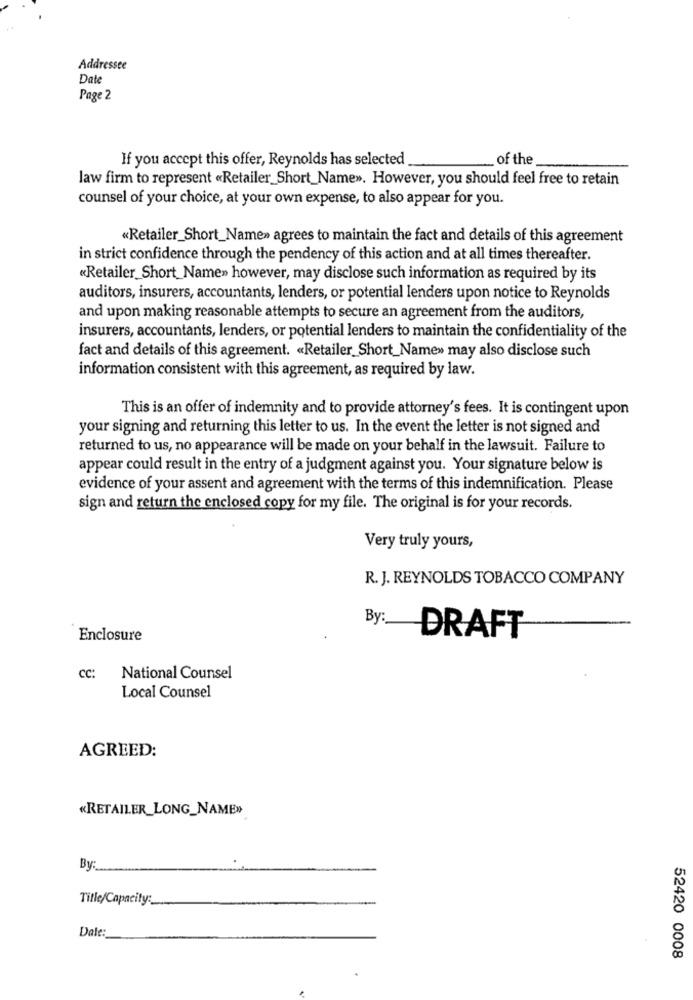
Addressee
Date
Page 2
If you accept this offer, Reynolds has selected
of the
law firm to represent «Retailer_Short_Name». However, you should feel free to retain
counsel of your choice, at your own expense, to also appear for you.
«Retailer_Short_Name» agrees to maintain the fact and details of this agreement
in strict confidence through the pendency of this action and at all times thereafter.
«Retailer Short_Name» however, may disclose such information as required by its
auditors, insurers, accountants, lenders, or potential lenders upon notice to Reynolds
and upon making reasonable attempts to secure an agreement from the auditors,
insurers, accountants, lenders, or potential lenders to maintain the confidentiality of the
fact and details of this agreement. «Retailer_ Short_Name» may also disclose such
information consistent with this agreement, as required by law.
This is an offer of indemnity and to provide attorney's fees. It is contingent upon
your signing and returning this letter to us. In the event the letter is not signed and
returned to us, no appearance will be made on your behalf in the lawsuit. Failure to
appear could result in the entry of a judgment against you. Your signature below is
evidence of your assent and agreement with the terms of this indemnification. Please
sign and return the enclosed copy for my file. The original is for your records.
Very truly yours,
R. J. REYNOLDS TOBACCO COMPANY
By:
Enclosure
DRAFT
cc:
National Counsel
Local Counsel
AGREED:
«RETAILER_LONG_NAME»
By :__
Title/Capacity:
Dale:
52420 0008